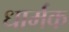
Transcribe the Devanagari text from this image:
धार्मक